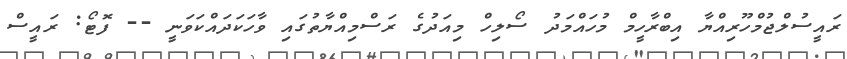
ރައީސުލްޖުމްހޫރިއްޔާ އިބްރާހީމް މުހައްމަދު ސޯލިހް މިއަދުގެ ރަސްމިއްޔާތުގައި ވާހަކަދައްކަވަނީ -- ފޮޓޯ: ރައީސް